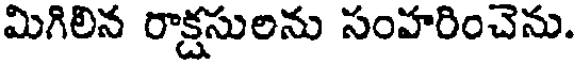
మిగిలిన రాక్షసులను సంహరించెను.